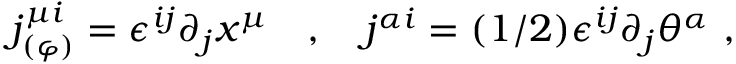
j _ { ( \varphi ) } ^ { \mu i } = \epsilon ^ { i j } \partial _ { j } x ^ { \mu } \quad , \quad j ^ { \alpha i } = ( 1 / 2 ) \epsilon ^ { i j } \partial _ { j } \theta ^ { \alpha } \ ,